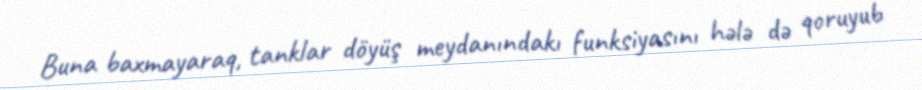
Buna baxmayaraq, tanklar döyüş meydanındakı funksiyasını hələ də qoruyub